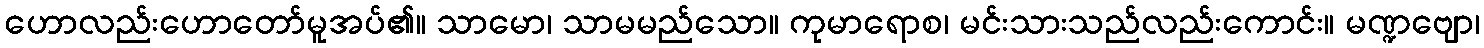
ဟောလည်းဟောတော်မူအပ်၏။ သာမော၊ သာမမည်သော။ ကုမာရောစ၊ မင်းသားသည်လည်းကောင်း။ မဏ္ဍဗျော၊